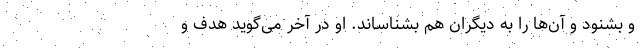
و بشنود و آن‌ها را به دیگران هم بشناساند. او در آخر می‌گوید هدف و